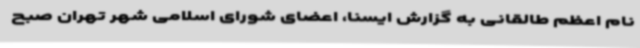
نام اعظم طالقانی به گزارش ایسنا، اعضای شورای اسلامی شهر تهران صبح